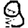
Digit: 9